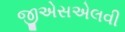
જીએસએલવી